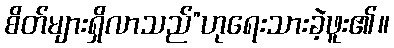
စိတ်များရှိလာသည်”ဟုရေးသားခဲ့ဖူး၏။